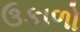
ઉકાળો